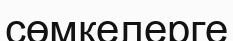
сөмкелерге